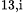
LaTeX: ^\textrm{\scriptsize 13,i}